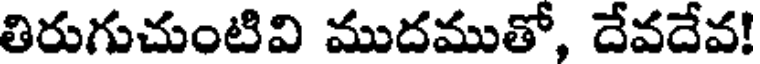
తిరుగుచుంటివి ముదముతో, దేవదేవ!